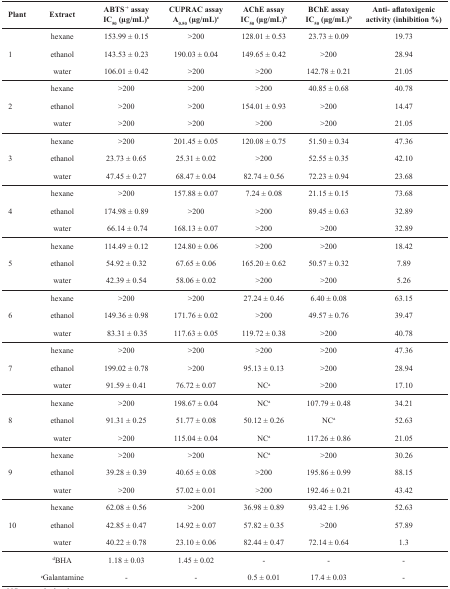
<table><thead><tr><td><b>Plant</b></td><td><b>Extract</b></td><td><b>ABTS<sup>·+</sup> assayIC<sub>50</sub> (μg/mL)b</b></td><td><b>CUPRAC assay A<sub>0.50</sub> (μg/mL)c</b></td><td><b>AChE assayIC<sub>50</sub> (μg/mL)b</b></td><td><b>BChE assayIC<sub>50</sub> (μg/mL)b</b></td><td><b>Anti- aflatoxigenic activity (inhibition %)</b></td></tr></thead><tbody><tr><td></td><td>hexane</td><td>153.99 ± 0.15</td><td>&gt;200</td><td>128.01 ± 0.53</td><td>23.73 ± 0.09</td><td>19.73</td></tr><tr><td>1</td><td>ethanol</td><td>143.53 ± 0.23</td><td>190.03 ± 0.04</td><td>149.65 ± 0.42</td><td>&gt;200</td><td>28.94</td></tr><tr><td></td><td>water</td><td>106.01 ± 0.42</td><td>&gt;200</td><td>&gt;200</td><td>142.78 ± 0.21</td><td>21.05</td></tr><tr><td></td><td>hexane</td><td>&gt;200</td><td>&gt;200</td><td>&gt;200</td><td>40.85 ± 0.68</td><td>40.78</td></tr><tr><td>2</td><td>ethanol</td><td>&gt;200</td><td>&gt;200</td><td>154.01 ± 0.93</td><td>&gt;200</td><td>14.47</td></tr><tr><td></td><td>water</td><td>&gt;200</td><td>&gt;200</td><td>&gt;200</td><td>&gt;200</td><td>21.05</td></tr><tr><td></td><td>hexane</td><td>&gt;200</td><td>201.45 ± 0.05</td><td>120.08 ± 0.75</td><td>51.50 ± 0.34</td><td>47.36</td></tr><tr><td>3</td><td>ethanol</td><td>23.73 ± 0.65</td><td>25.31 ± 0.02</td><td>&gt;200</td><td>52.55 ± 0.35</td><td>42.10</td></tr><tr><td></td><td>water</td><td>47.45 ± 0.27</td><td>68.47 ± 0.04</td><td>82.74 ± 0.56</td><td>72.23 ± 0.94</td><td>23.68</td></tr><tr><td></td><td>hexane</td><td>&gt;200</td><td>157.88 ± 0.07</td><td>7.24 ± 0.08</td><td>21.15 ± 0.15</td><td>73.68</td></tr><tr><td>4</td><td>ethanol</td><td>174.98 ± 0.89</td><td>&gt;200</td><td>&gt;200</td><td>89.45 ± 0.63</td><td>32.89</td></tr><tr><td></td><td>water</td><td> 66.14 ± 0.74</td><td>168.13 ± 0.07</td><td>&gt;200</td><td>&gt;200</td><td>32.89</td></tr><tr><td></td><td>hexane</td><td>114.49 ± 0.12</td><td>124.80 ± 0.06</td><td>&gt;200</td><td>&gt;200</td><td>18.42</td></tr><tr><td>5</td><td>ethanol</td><td>54.92 ± 0.32</td><td>67.65 ± 0.06</td><td>165.20 ± 0.62</td><td>50.57 ± 0.32</td><td>7.89</td></tr><tr><td></td><td>water</td><td>42.39 ± 0.54</td><td>58.06 ± 0.02</td><td>&gt;200</td><td>&gt;200</td><td>5.26</td></tr><tr><td></td><td>hexane</td><td>&gt;200</td><td>&gt;200</td><td>27.24 ± 0.46</td><td>6.40 ± 0.08</td><td>63.15</td></tr><tr><td>6</td><td>ethanol</td><td>149.36 ± 0.98</td><td>171.76 ± 0.02</td><td>&gt;200</td><td>49.57 ± 0.76</td><td>39.47</td></tr><tr><td></td><td>water</td><td> 83.31 ± 0.35</td><td>117.63 ± 0.05</td><td>119.72 ± 0.38</td><td>&gt;200</td><td>40.78</td></tr><tr><td></td><td>hexane</td><td>&gt;200</td><td>&gt;200</td><td>&gt;200</td><td>&gt;200</td><td>47.36</td></tr><tr><td>7</td><td>ethanol</td><td>199.02 ± 0.78</td><td>&gt;200</td><td>95.13 ± 0.13</td><td>&gt;200</td><td>28.94</td></tr><tr><td></td><td>water</td><td>91.59 ± 0.41</td><td>76.72 ± 0.07</td><td>NCa</td><td>&gt;200</td><td>17.10</td></tr><tr><td></td><td>hexane</td><td>&gt;200</td><td>198.67 ± 0.04</td><td>NCa</td><td>107.79 ± 0.48</td><td>34.21</td></tr><tr><td>8</td><td>ethanol</td><td>91.31 ± 0.25</td><td>51.77 ± 0.08</td><td>50.12 ± 0.26</td><td>NCa</td><td>52.63</td></tr><tr><td></td><td>water</td><td>&gt;200</td><td>115.04 ± 0.04</td><td>NCa</td><td>117.26 ± 0.86</td><td>21.05</td></tr><tr><td></td><td>hexane</td><td>&gt;200</td><td>&gt;200</td><td>NCa</td><td>&gt;200</td><td>30.26</td></tr><tr><td>9</td><td>ethanol</td><td>39.28 ± 0.39</td><td>40.65 ± 0.08</td><td>&gt;200</td><td>195.86 ± 0.99</td><td>88.15</td></tr><tr><td></td><td>water</td><td>&gt;200</td><td>57.02 ± 0.01</td><td>&gt;200</td><td>192.46 ± 0.21</td><td>43.42</td></tr><tr><td></td><td>hexane</td><td>62.08 ± 0.56</td><td>&gt;200</td><td>36.98 ± 0.89</td><td>93.42 ± 1.96</td><td>52.63</td></tr><tr><td>10</td><td>ethanol</td><td>42.85 ± 0.47</td><td>14.92 ± 0.07</td><td>57.82 ± 0.35</td><td>&gt;200</td><td>57.89</td></tr><tr><td></td><td>water</td><td>40.22 ± 0.78</td><td>23.10 ± 0.06</td><td>82.44 ± 0.47</td><td>72.14 ± 0.64</td><td>1.3</td></tr><tr><td></td><td>dBHA</td><td>1.18 ± 0.03</td><td>1.45 ± 0.02</td><td>-</td><td>-</td><td>-</td></tr><tr><td></td><td>eGalantamine</td><td>-</td><td>-</td><td>0.5 ± 0.01</td><td>17.4 ± 0.03</td><td>-</td></tr></tbody></table>